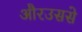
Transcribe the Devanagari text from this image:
औरउससे